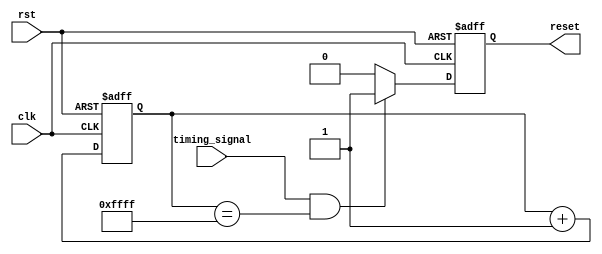
module Watchdog_timer(
    input wire clk,
    input wire rst,
    input wire timing_signal,
    output reg reset
);

reg [15:0] counter;

always @(posedge clk or posedge rst) begin
    if (rst) begin
        counter <= 0;
        reset <= 0;
    end else begin
        counter <= counter + 1;
        
        if (timing_signal && counter == 16'hFFFF) begin // Check if operation exceeds specified time limit
            reset <= 1; // Reset the system
        end else begin
            reset <= 0;
        end
    end
end

endmodule